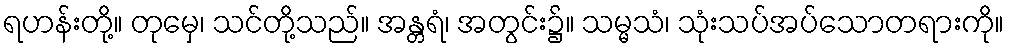
ရဟန်းတို့။ တုမှေ၊ သင်တို့သည်။ အန္တရံ၊ အတွင်း၌။ သမ္မသံ၊ သုံးသပ်အပ်သောတရားကို။